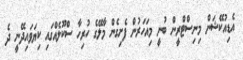
އެޑިއުކޭޝަން މިނިސްޓްރީން ބުނީ މިއަހަރުން ފެށިގެން މާލޭގެ ހުރިހާ ސްކޫލެއްގައި ކިޔަވައިދޭނީ ދެ